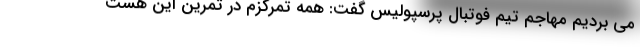
می بردیم مهاجم تیم فوتبال پرسپولیس گفت: همه تمرکزم در تمرین این هست